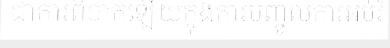
ជាការពិបាកឡើយក្នុងការបញ្ចូលការអប់រំ